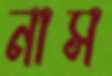
নাস